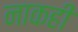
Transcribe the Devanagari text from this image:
नाकही